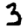
Digit: 3